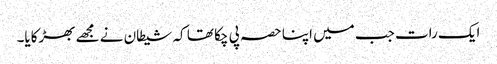
ایک رات جب میں اپنا حصہ پی چکا تھا کہ شیطان نے مجھے بھڑکایا۔